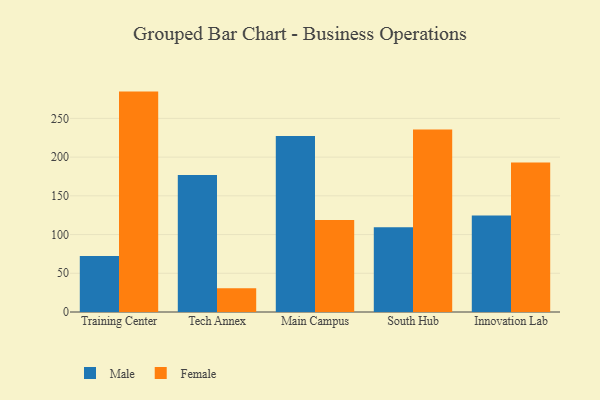
{"axis": {"x": "Campus", "y": "Operating Costs (USD K)"}, "legend": ["Female", "Male"], "data": [{"x": "Training Center", "y": 72.4, "type": "Male"}, {"x": "Training Center", "y": 284.6, "type": "Female"}, {"x": "Tech Annex", "y": 176.8, "type": "Male"}, {"x": "Tech Annex", "y": 30.7, "type": "Female"}, {"x": "Main Campus", "y": 227.4, "type": "Male"}, {"x": "Main Campus", "y": 118.9, "type": "Female"}, {"x": "South Hub", "y": 109.4, "type": "Male"}, {"x": "South Hub", "y": 235.6, "type": "Female"}, {"x": "Innovation Lab", "y": 124.5, "type": "Male"}, {"x": "Innovation Lab", "y": 193.2, "type": "Female"}]}